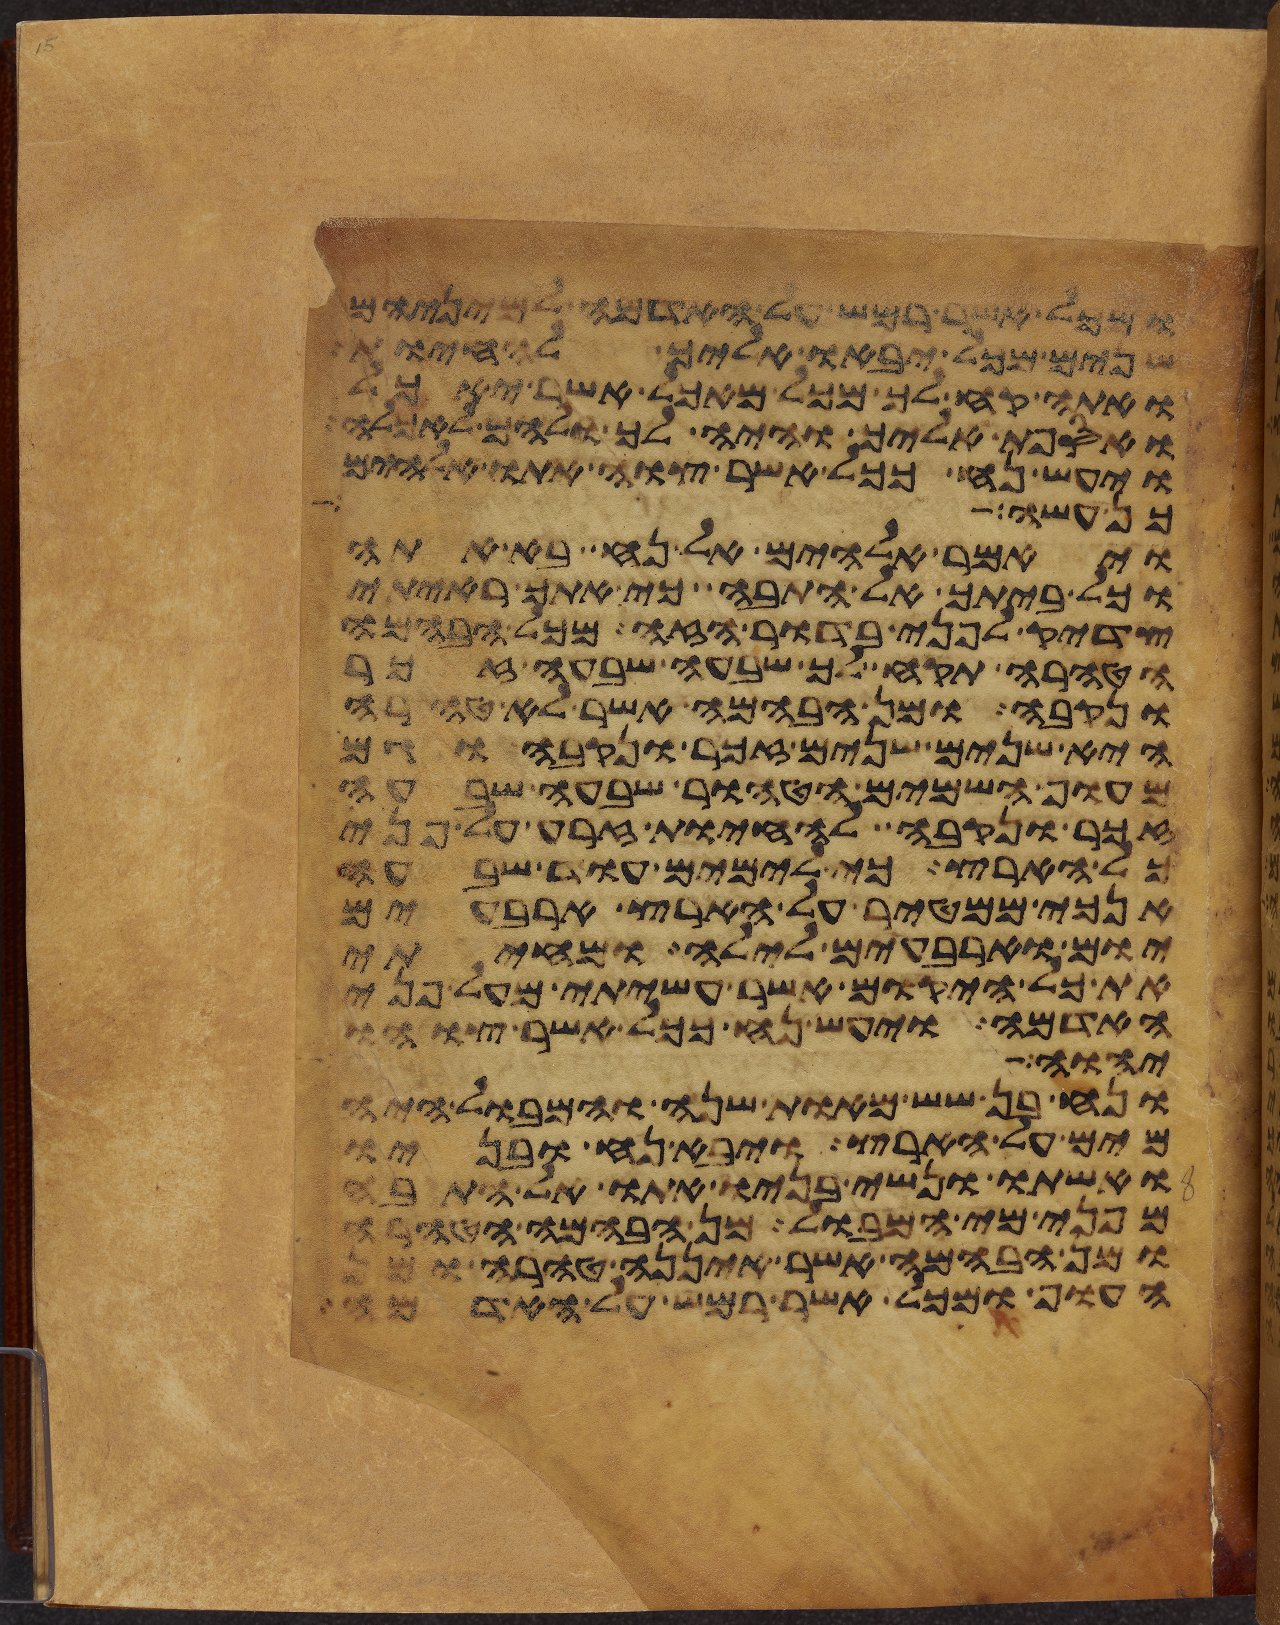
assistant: ומכל אשר רמש על האדמה למיניהם
שנים מכל יבאו אליך להחיות
ואתה קח לך מכל מאכל אשר יאכל
ואספת אליך והיה לך ולהם לאכלה
ויעש נח ככל אשר צוה אתו אלהים
כן עשה
ויאמר אלהים אל נח בא אתה
וכל ביתך אל התבה כי אתך ראיתי
צדיק לפני בדור הזה מכל הבהמה
הטהרה תקח לך שבעה שבעה זכר
ונקבה ומן הבהמה אשר לא טהרה
היא שנים שנים זכר ונקבה וגם
מעוף השמים הטהור שבעה שבעה
זכר ונקבה להחיות זרע על פני
כל הארץ כי לימים עוד שבעה
אנכי ממטיר על הארץ ארבעים
יום וארבעים לילה ומחיתי
את כל היקום אשר עשיתי מעל פני
האדמה ויעש נח ככל אשר צוהו
יהוה אל
ונח בן שש מאות שנה והמבול היה
מים על הארץ ויבא נח ובניו
ואשתו ונשי בניו אתו אל התבה
מפני מי המבול מן הבהמה הטהרה
ומן הבהמה אשר איננה טהרה ומן
העוף ומכל אשר רמש על האדמה